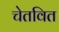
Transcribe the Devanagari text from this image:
चेतवित